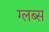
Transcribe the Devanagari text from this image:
ग्लब्स